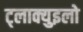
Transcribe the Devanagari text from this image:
ट्लाक्युइलो